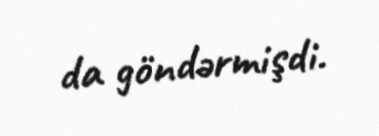
da göndərmişdi.